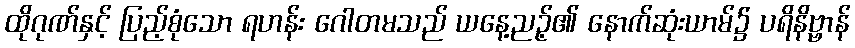
ထိုဂုဏ်နှင့် ပြည့်စုံသော ရဟန်း ဂေါတမသည် ယနေ့ညဉ့်၏ နောက်ဆုံးယာမ်၌ ပရိနိဗ္ဗာန်